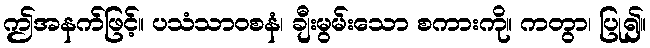
ဤအနက်ဖြင့်။ ပသံသာဝစနံ၊ ချီးမွမ်းသော စကားကို။ ကတွာ၊ ပြု၍။